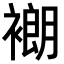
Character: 𬡨